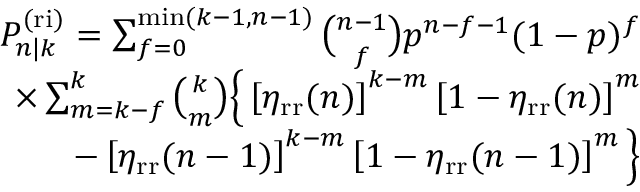
\begin{array} { r } { P _ { n | k } ^ { \mathrm { ( r i ) } } = \sum _ { f = 0 } ^ { \operatorname* { m i n } ( k - 1 , n - 1 ) } \binom { n - 1 } { f } p ^ { n - f - 1 } ( 1 - p ) ^ { f } } \\ { \times \sum _ { m = k - f } ^ { k } \binom { k } { m } \Big \{ \left[ \eta _ { \mathrm { r r } } ( n ) \right] ^ { k - m } \left[ 1 - \eta _ { \mathrm { r r } } ( n ) \right] ^ { m } } \\ { - \left[ \eta _ { \mathrm { r r } } ( n - 1 ) \right] ^ { k - m } \left[ 1 - \eta _ { \mathrm { r r } } ( n - 1 ) \right] ^ { m } \Big \} } \end{array}